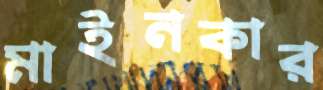
মাইনকার